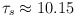
\begin{align*}\tau_s \approx 10.15 \end{align*}